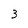
Character: 3